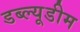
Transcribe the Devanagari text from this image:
डब्ल्यूडीम